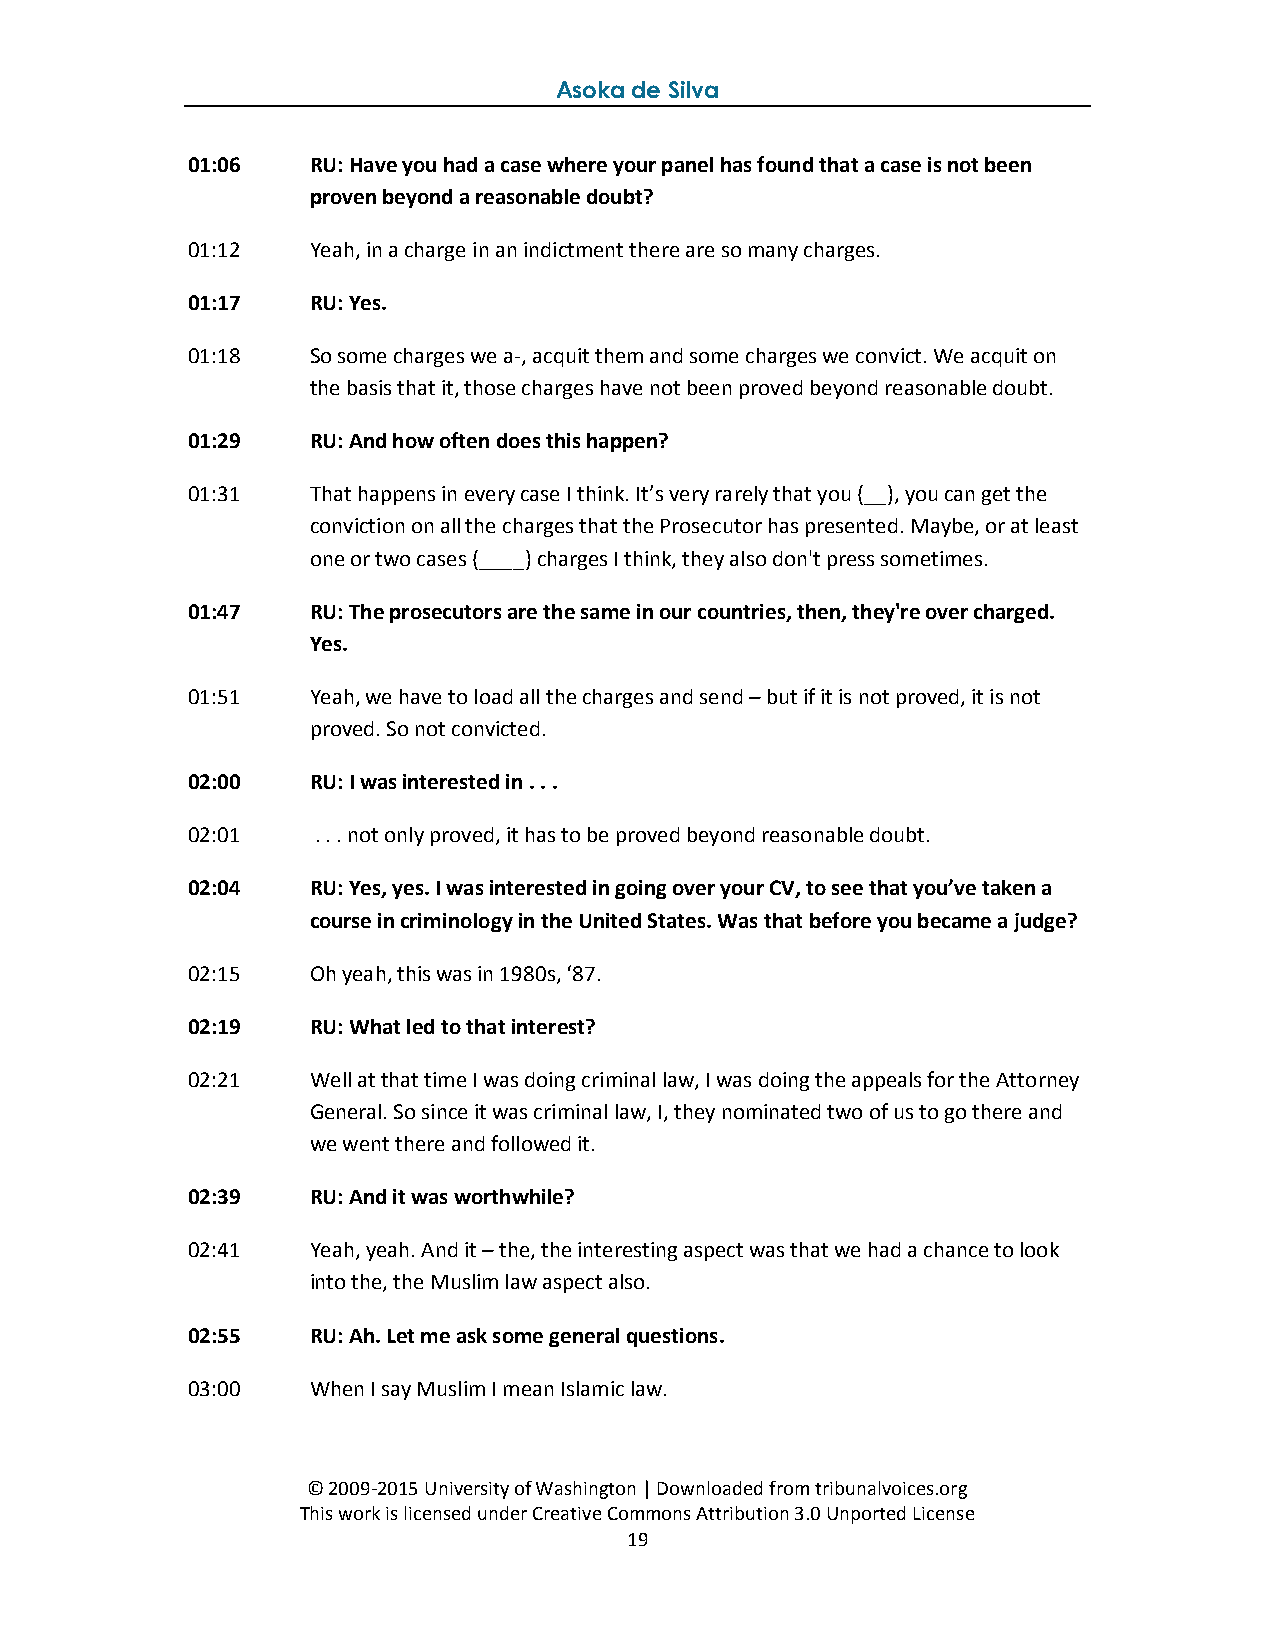
Asoka de Silva
 01:06   RU: Have you had a case where your panel has found that a case is not been
 proven beyond a reasonable doubt?
 01:12   Yeah, in a charge in an indictment there are so many charges.
 01:17   RU: Yes.
 01:18   So some charges we a-, acquit them and some charges we convict. We acquit on
 the basis that it, those charges have not been proved beyond reasonable doubt.
 01:29   RU: And how often does this happen?
 01:31   That happens in every case I think. It’s very rarely that you (__), you can get the
 conviction on all the charges that the Prosecutor has presented. Maybe, or at least
 one or two cases (____) charges I think, they also don't press sometimes.
 01:47   RU: The prosecutors are the same in our countries, then, they're over charged.
 Yes.
 01:51   Yeah, we have to load all the charges and send – but if it is not proved, it is not
 proved. So not convicted.
 02:00   RU: I was interested in . . .
 02:01    . . . not only proved, it has to be proved beyond reasonable doubt.
 02:04   RU: Yes, yes. I was interested in going over your CV, to see that you’ve taken a
 course in criminology in the United States. Was that before you became a judge?
 02:15   Oh yeah, this was in 1980s, ‘87.
 02:19   RU: What led to that interest?
 02:21   Well at that time I was doing criminal law, I was doing the appeals for the Attorney
 General. So since it was criminal law, I, they nominated two of us to go there and
 we went there and followed it.
 02:39   RU: And it was worthwhile?
 02:41   Yeah, yeah. And it – the, the interesting aspect was that we had a chance to look
 into the, the Muslim law aspect also.
 02:55   RU: Ah. Let me ask some general questions.
 03:00   When I say Muslim I mean Islamic law.
 © 2009-2015 University of Washington | Downloaded from tribunalvoices.org
 This work is licensed under Creative Commons Attribution 3.0 Unported License
 19